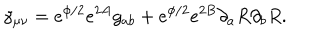
LaTeX: \gamma _ { \mu \nu } = e ^ { \phi / 2 } e ^ { 2 A } g _ { a b } + e ^ { \phi / 2 } e ^ { 2 B } \partial _ { a } R \partial _ { b } R .